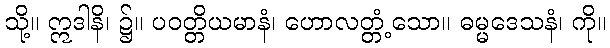
သို့။ ဣဒါနိ၊ ၌။ ပဝတ္တိယမာနံ၊ ဟောလတ္တံ့သော။ ဓမ္မဒေသနံ၊ ကို။